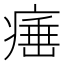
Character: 𤸣